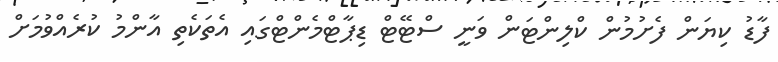
ފާޑު ކިޔަން ފެށުމުން ކްލިންޓަން ވަނީ ސްޓޭޓް ޑިޕާޓްމެންޓްގައި އެތަކެތި އާންމު ކުރެެއްވުމަށް